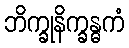
ဘိက္ခုနိက္ခန္ဓကံ